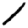
Digit: 1